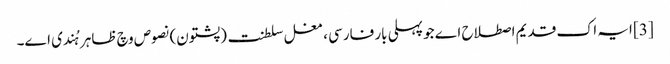
[3] ایہ اک قدیم اصطلاح اے جو پہلی بار فارسی ، مغل سلطنت (پشتون) نصوص وچ ظاہر ہُندی ا‏‏ے۔